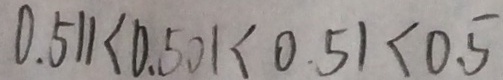
0 . 5 1 1 < 0 . 5 0 1 < 0 . 5 1 < 0 . 5